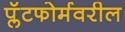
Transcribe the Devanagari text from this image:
प्लॅटफोर्मवरील